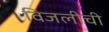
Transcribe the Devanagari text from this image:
विजलीची